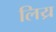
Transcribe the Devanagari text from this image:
लिय्र